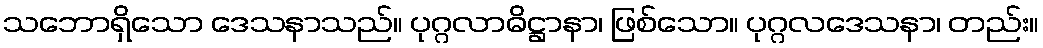
သဘောရှိသော ဒေသနာသည်။ ပုဂ္ဂလာဓိဋ္ဌာနာ၊ ဖြစ်သော။ ပုဂ္ဂလဒေသနာ၊ တည်း။